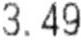
3.49